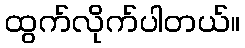
ထွက်လိုက်ပါတယ်။